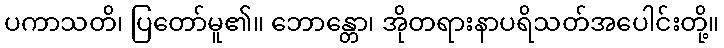
ပကာသတိ၊ ပြတော်မူ၏။ ဘောန္တော၊ အိုတရားနာပရိသတ်အပေါင်းတို့။